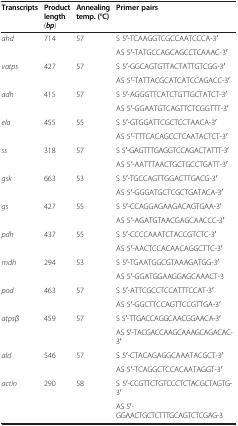
<table><thead><tr><td><b>Transcripts</b></td><td><b>Product length (<i>bp</i>)</b></td><td><b>Annealing temp. (°C)</b></td><td><b>Primer pairs</b></td></tr></thead><tbody><tr><td><i>ahd</i></td><td>714</td><td>57</td><td>S 5<sup>′</sup>-TCAAGGTCGCCAATCCCA-3<sup>′</sup></td></tr><tr><td> </td><td> </td><td> </td><td>AS 5<sup>′</sup>-TATGCCAGCAGCCTCAAAC-3<sup>′</sup></td></tr><tr><td><i>vatps</i></td><td>427</td><td>57</td><td>S 5<sup>′</sup>-GGCAGTGTTACTATTGTCGG-3<sup>′</sup></td></tr><tr><td> </td><td> </td><td> </td><td>AS 5<sup>′</sup>-TATTACGCATCATCCAGACC-3<sup>′</sup></td></tr><tr><td><i>adh</i></td><td>415</td><td>57</td><td>S 5<sup>′</sup>-AGGGTTCATCTGTTGCTATCT-3<sup>′</sup></td></tr><tr><td> </td><td> </td><td> </td><td>AS 5<sup>′</sup>-GGAATGTCAGTTCTCGGTTT-3<sup>′</sup></td></tr><tr><td><i>ela</i></td><td>455</td><td>55</td><td>S 5<sup>′</sup>-GTGGATTCGCTCCTAACA-3<sup>′</sup></td></tr><tr><td> </td><td> </td><td> </td><td>AS 5<sup>′</sup>-TTTCACAGCCTCAATACTCT-3<sup>′</sup></td></tr><tr><td><i>ss</i></td><td>318</td><td>57</td><td>S 5<sup>′</sup>-GAGTTTGAGGTCCAGACTATTT-3<sup>′</sup></td></tr><tr><td> </td><td> </td><td> </td><td>AS 5<sup>′</sup>-AATTTAACTGCTGCCTGATT-3<sup>′</sup></td></tr><tr><td><i>gsk</i></td><td>663</td><td>53</td><td>S 5<sup>′</sup>-TGCCAGTTGGACTTGACG-3<sup>′</sup></td></tr><tr><td> </td><td> </td><td> </td><td>AS 5<sup>′</sup>-GGGATGCTCGCTGATACA-3<sup>′</sup></td></tr><tr><td><i>gs</i></td><td>427</td><td>55</td><td>S 5<sup>′</sup>-CCAGGAGAAGACAGTGAA-3<sup>′</sup></td></tr><tr><td> </td><td> </td><td> </td><td>AS 5<sup>′</sup>-AGATGTAACGAGCAACCC-3<sup>′</sup></td></tr><tr><td><i>pdh</i></td><td>437</td><td>55</td><td>S 5<sup>′</sup>-CCCCAAATCTACCGTCTC-3<sup>′</sup></td></tr><tr><td> </td><td> </td><td> </td><td>AS 5<sup>′</sup>-AACTCCACAACAGGCTTC-3<sup>′</sup></td></tr><tr><td><i>mdh</i></td><td>294</td><td>53</td><td>S 5<sup>′</sup>-TGAATGGCGTAAAGATGG-3<sup>′</sup></td></tr><tr><td> </td><td> </td><td> </td><td>AS 5<sup>′</sup>-GGATGGAAGGAGCAAACT-3</td></tr><tr><td><i>pod</i></td><td>463</td><td>57</td><td>S 5<sup>′</sup>-ATTCGCCTCCATTTCCAT-3<sup>′</sup></td></tr><tr><td> </td><td> </td><td> </td><td>AS 5<sup>′</sup>-GGCTTCCAGTTCCGTTGA-3<sup>′</sup></td></tr><tr><td><i>atpsβ</i></td><td>459</td><td>57</td><td>S 5<sup>′</sup>-TTGACCAGGCAACGGAACA-3<sup>′</sup></td></tr><tr><td> </td><td> </td><td> </td><td>AS 5<sup>′</sup>-TACGACCAAGCAAAGCAGACAC-3<sup>′</sup></td></tr><tr><td><i>ald</i></td><td>546</td><td>57</td><td>S 5<sup>′</sup>-CTACAGAGGCAAATACGCT-3<sup>′</sup></td></tr><tr><td> </td><td> </td><td> </td><td>AS 5<sup>′</sup>-TCAGGCTCCACAATAGGT-3<sup>′</sup></td></tr><tr><td><i>actin</i></td><td>290</td><td>58</td><td>S 5<sup>′</sup>-CCGTTCTGTCCCTCTACGCTAGTG-3<sup>′</sup></td></tr><tr><td> </td><td> </td><td> </td><td>AS 5<sup>′</sup>-GGAACTGCTCTTTGCAGTCTCGAG-3</td></tr></tbody></table>